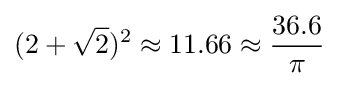
(2+{\sqrt {2}})^{2}\approx 11.66\approx {36.6 \over \pi }